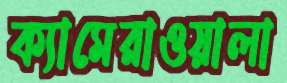
ক্যামেরাওয়ালা